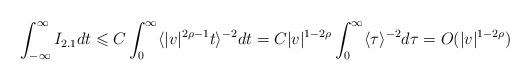
LaTeX: \begin{align*}\int_{-\infty}^{\infty}I_{2.1}dt\leqslant C\int_0^\infty\langle|v|^{2\rho-1}t\rangle^{-2}dt=C|v|^{1-2\rho}\int_0^\infty\langle\tau\rangle^{-2}d\tau=O(|v|^{1-2\rho})\end{align*}